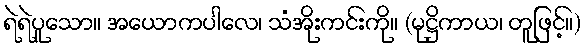
ရဲရဲပူသော။ အယောကပါလေ၊ သံအိုးကင်းကို။ (မုဋ္ဌိကာယ၊ တူဖြင့်။)